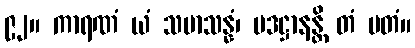
၉၂။ ကာရဏံ ယံ သမာသန္နံ၊ ပဒဋ္ဌာနန္တိ တံ မတံ။